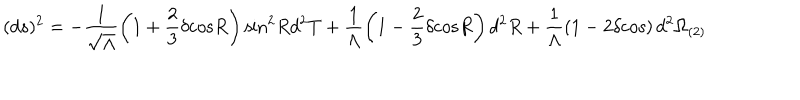
( d s ) ^ { 2 } = - \frac { 1 } { \sqrt { \Lambda } } \left( 1 + \frac { 2 } { 3 } \delta \mathrm { c o s } R \right) \mathrm { s i n } ^ { 2 } R d ^ { 2 } T + \frac { 1 } { \Lambda } \left( 1 - \frac { 2 } { 3 } \delta \mathrm { c o s } R \right) d ^ { 2 } R + \frac { 1 } { \Lambda } \left( 1 - 2 \delta \mathrm { c o s } \right) d ^ { 2 } \Omega _ { ( 2 ) }